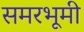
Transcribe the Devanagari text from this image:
समरभूमी